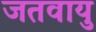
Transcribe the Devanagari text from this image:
जतवायु